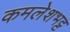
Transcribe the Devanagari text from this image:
कमलेशभट्ट